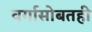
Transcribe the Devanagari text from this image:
वर्गासोबतही